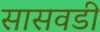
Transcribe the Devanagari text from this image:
सासवडी